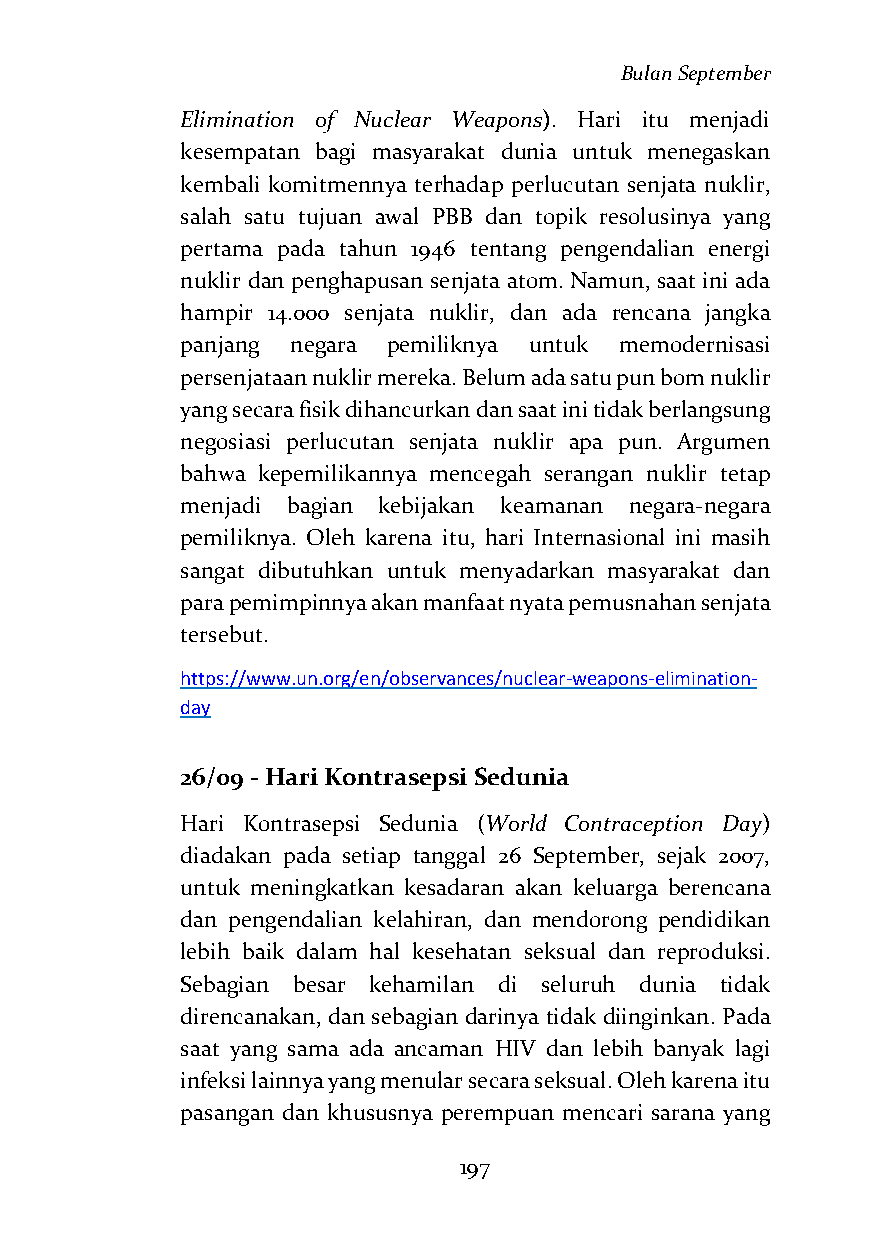
Bulan September
 Elimination of Nuclear Weapons). Hari itu menjadi
 kesempatan bagi masyarakat dunia untuk menegaskan
 kembali komitmennya terhadap perlucutan senjata nuklir,
 salah satu tujuan awal PBB dan topik resolusinya yang
 pertama pada tahun 1946 tentang pengendalian energi
 nuklir dan penghapusan senjata atom. Namun, saat ini ada
 hampir 14.000 senjata nuklir, dan ada rencana jangka
 panjang negara pemiliknya untuk memodernisasi
 persenjataan nuklir mereka. Belum ada satu pun bom nuklir
 yang secara fisik dihancurkan dan saat ini tidak berlangsung
 negosiasi perlucutan senjata nuklir apa pun. Argumen
 bahwa kepemilikannya mencegah serangan nuklir tetap
 menjadi bagian kebijakan keamanan negara-negara
 pemiliknya. Oleh karena itu, hari Internasional ini masih
 sangat dibutuhkan untuk menyadarkan masyarakat dan
 para pemimpinnya akan manfaat nyata pemusnahan senjata
 tersebut.
 https://www.un.org/en/observances/nuclear-weapons-elimination-
 day
 26/09 - Hari Kontrasepsi Sedunia
 Hari Kontrasepsi Sedunia (World Contraception Day)
 diadakan pada setiap tanggal 26 September, sejak 2007,
 untuk meningkatkan kesadaran akan keluarga berencana
 dan pengendalian kelahiran, dan mendorong pendidikan
 lebih baik dalam hal kesehatan seksual dan reproduksi.
 Sebagian besar kehamilan di seluruh dunia tidak
 direncanakan, dan sebagian darinya tidak diinginkan. Pada
 saat yang sama ada ancaman HIV dan lebih banyak lagi
 infeksi lainnya yang menular secara seksual. Oleh karena itu
 pasangan dan khususnya perempuan mencari sarana yang
 197